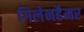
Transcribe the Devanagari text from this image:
गिलेनहैमर